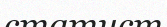
статист